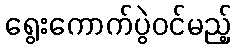
ရွေးကောက်ပွဲဝင်မည့်